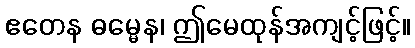
ဧတေန ဓမ္မေန၊ ဤမေထုန်အကျင့်ဖြင့်။